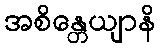
အစိန္တေယျာနိ